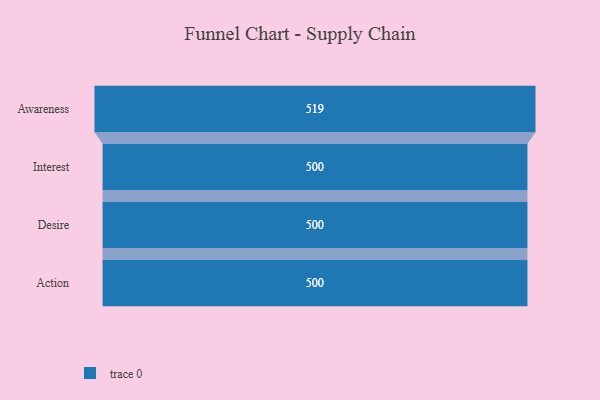
{"axis": {"x": "Stage", "y": "Value"}, "legend": [""], "data": [{"x": "Awareness", "y": 519.0, "type": ""}, {"x": "Interest", "y": 500, "type": ""}, {"x": "Desire", "y": 500, "type": ""}, {"x": "Action", "y": 500, "type": ""}]}